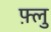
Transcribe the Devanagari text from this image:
फ़्लु